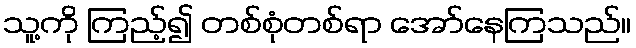
သူ့ကို ကြည့်၍ တစ်စုံတစ်ရာ အော်နေကြသည်။